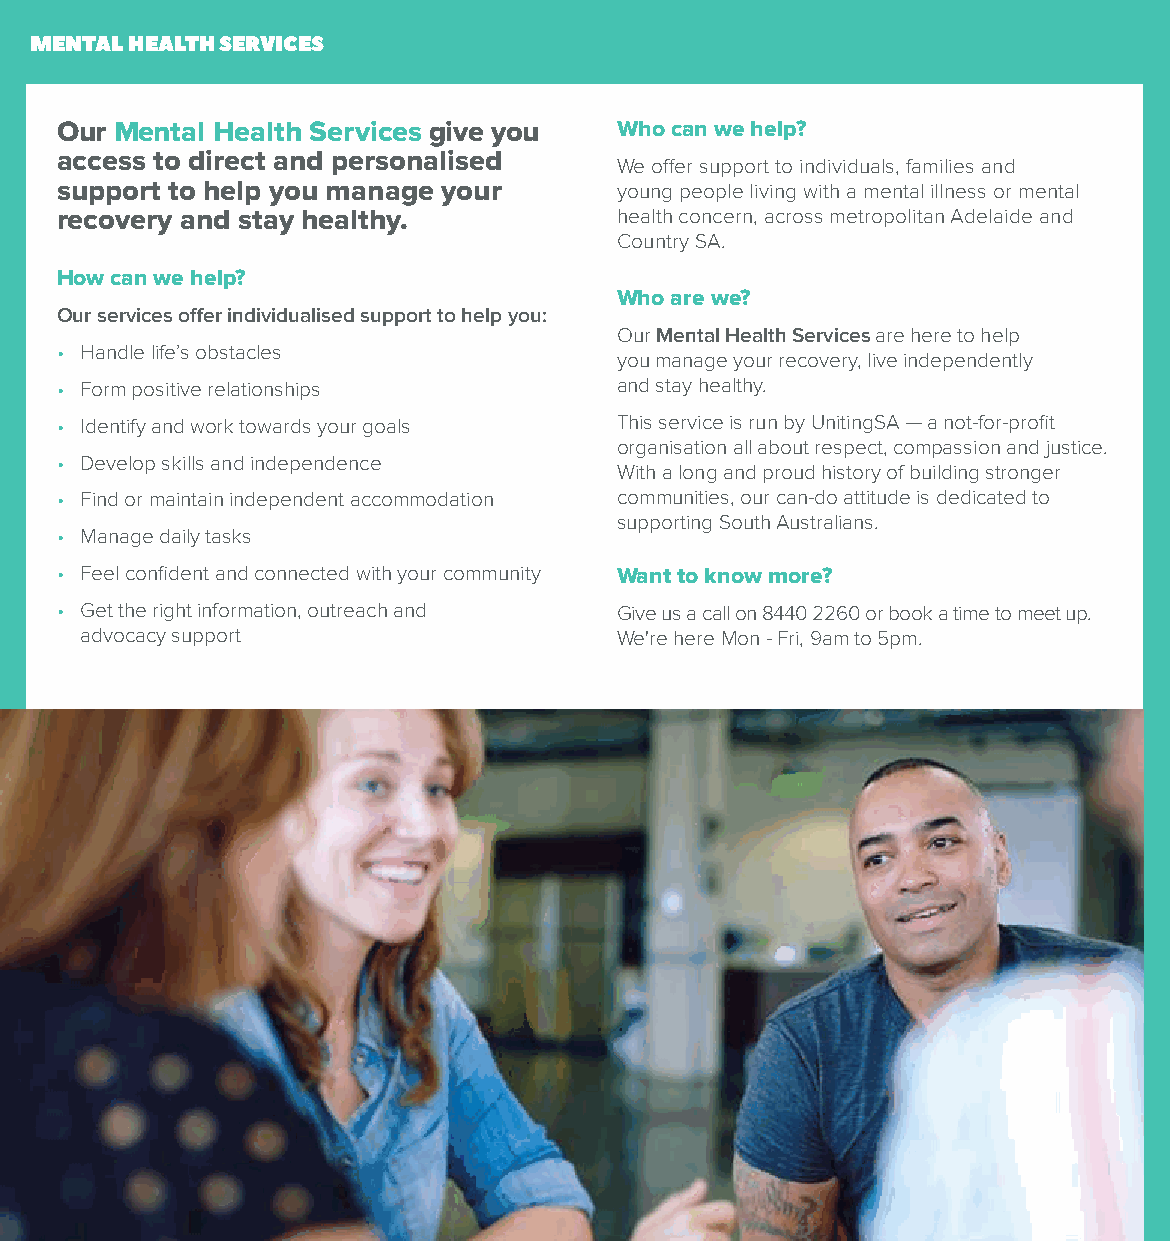
MENTAL HEALTH SERVICES
 Our Mental Health Services give you  Who can we help?
 access to direct and personalised
 We offer support to individuals, families and
 support to help you manage your      young people living with a mental illness or mental
 recovery and stay healthy.           health concern, across metropolitan Adelaide and
 Country SA.
 How can we help?
 Who are we?
 Our services offer individualised support to help you:
 Our Mental Health Services are here to help
 • Handle life’s obstacles
 you manage your recovery, live independently
 • Form positive relationships        and stay healthy.
 • Identify and work towards your goals This service is run by UnitingSA — a not-for-profit
 organisation all about respect, compassion and justice.
 • Develop skills and independence
 With a long and proud history of building stronger
 • Find or maintain independent accommodation communities, our can-do attitude is dedicated to
 supporting South Australians.
 • Manage daily tasks
 • Feel confident and connected with your community Want to know more?
 • Get the right information, outreach and Give us a call on 8440 2260 or book a time to meet up.
 advocacy support                    We're here Mon - Fri, 9am to 5pm.